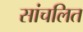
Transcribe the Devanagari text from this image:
सांचलित